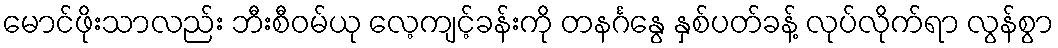
မောင်ဖိုးသာလည်း ဘီးစီဝမ်ယု လေ့ကျင့်ခန်းကို တနင်္ဂနွေ နှစ်ပတ်ခန့် လုပ်လိုက်ရာ လွန်စွာ